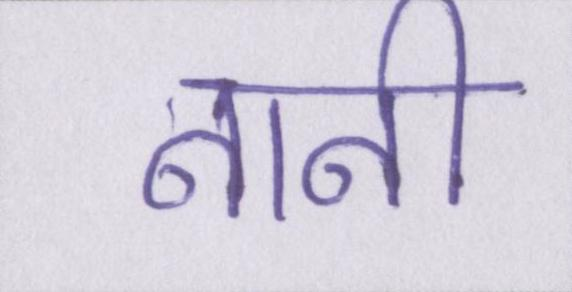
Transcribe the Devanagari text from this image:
नानी